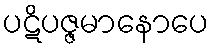
ပဋိပဇ္ဇမာနောပေ